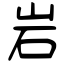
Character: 岩